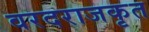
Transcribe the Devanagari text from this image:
वरदराजकृत